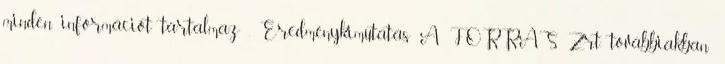
minden információt tartalmaz . Eredménykimutatás A FORRÁS Zrt. továbbiakban: